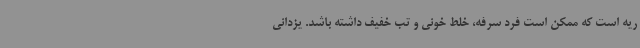
ریه است که ممکن است فرد سرفه، خلط خونی و تب خفیف داشته باشد. یزدانی